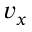
v _ { x }